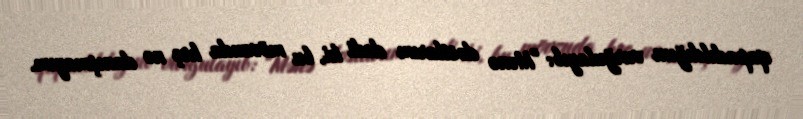
qapadıldığını vurğulayıb: "Mənə dostlarım dedi ki, bu mövzuda heç nə danışmayım.